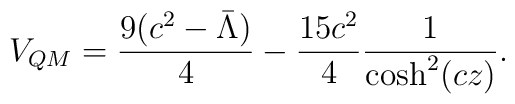
V_{QM} = \frac{9(c^2-\bar\Lambda)}{4}-\frac{15 c^2}{4}\frac{1}{\cosh^2(c z)}.